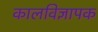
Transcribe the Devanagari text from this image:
कालविज्ञापक